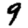
Digit: 9